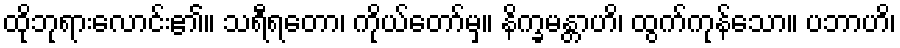
ထိုဘုရားလောင်း၏။ သရီရတော၊ ကိုယ်တော်မှ။ နိက္ခမန္တာဟိ၊ ထွက်ကုန်သော။ ပဘာဟိ၊